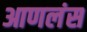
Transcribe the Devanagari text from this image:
आणलंस